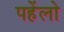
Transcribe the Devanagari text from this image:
पहेंलो